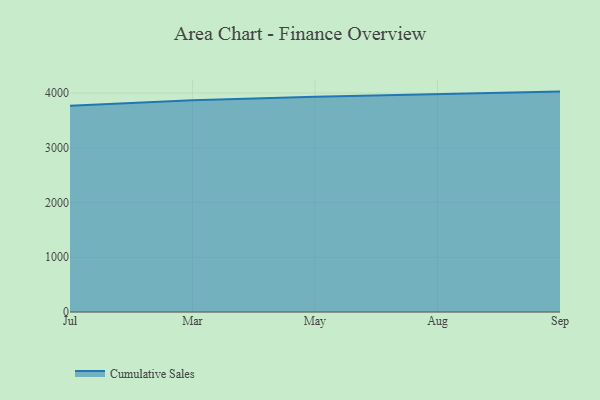
{"axis": {"x": "Month", "y": "Production Output"}, "legend": ["Cumulative Sales"], "data": [{"x": "Jul", "y": 3765.6, "type": "Cumulative Sales"}, {"x": "Mar", "y": 3869.8, "type": "Cumulative Sales"}, {"x": "May", "y": 3933.8, "type": "Cumulative Sales"}, {"x": "Aug", "y": 3974.5, "type": "Cumulative Sales"}, {"x": "Sep", "y": 4026.3, "type": "Cumulative Sales"}]}